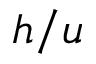
h / u